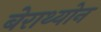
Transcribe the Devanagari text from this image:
बेराथ्योन